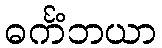
ဓင်္ကံဘယာ